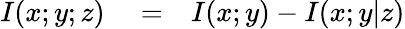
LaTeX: \begin{array}{rlr}{I(x;y;z)}&{{}=}&{I(x;y)-I(x;y|z)}\end{array}